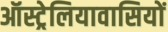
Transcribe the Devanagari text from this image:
ऑस्ट्रेलियावासियों